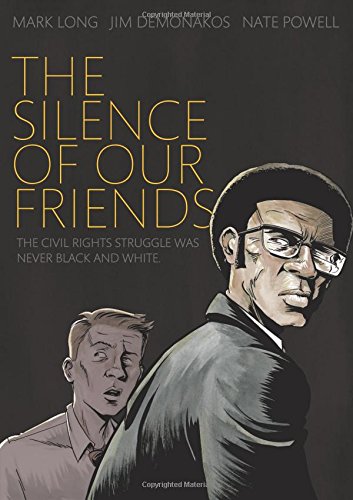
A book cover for The Silence of Our Friends; Mark Long; Children's Books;